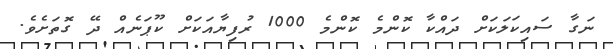
ނަގާ ސައިކަލަކަށް ދައްކާ ކޮންމެ ކޮންމެ 1000 ރުފިޔާއަކަށް ކޫޕަނެއް ދޭ ގޮތަށެވެ.